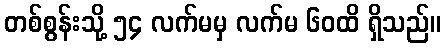
တစ်စွန်းသို့ ၅၄ လက်မမှ လက်မ ၆၀ထိ ရှိသည်။